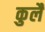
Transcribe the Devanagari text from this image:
कुलै